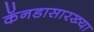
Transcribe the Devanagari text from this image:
कॅनडासारख्या